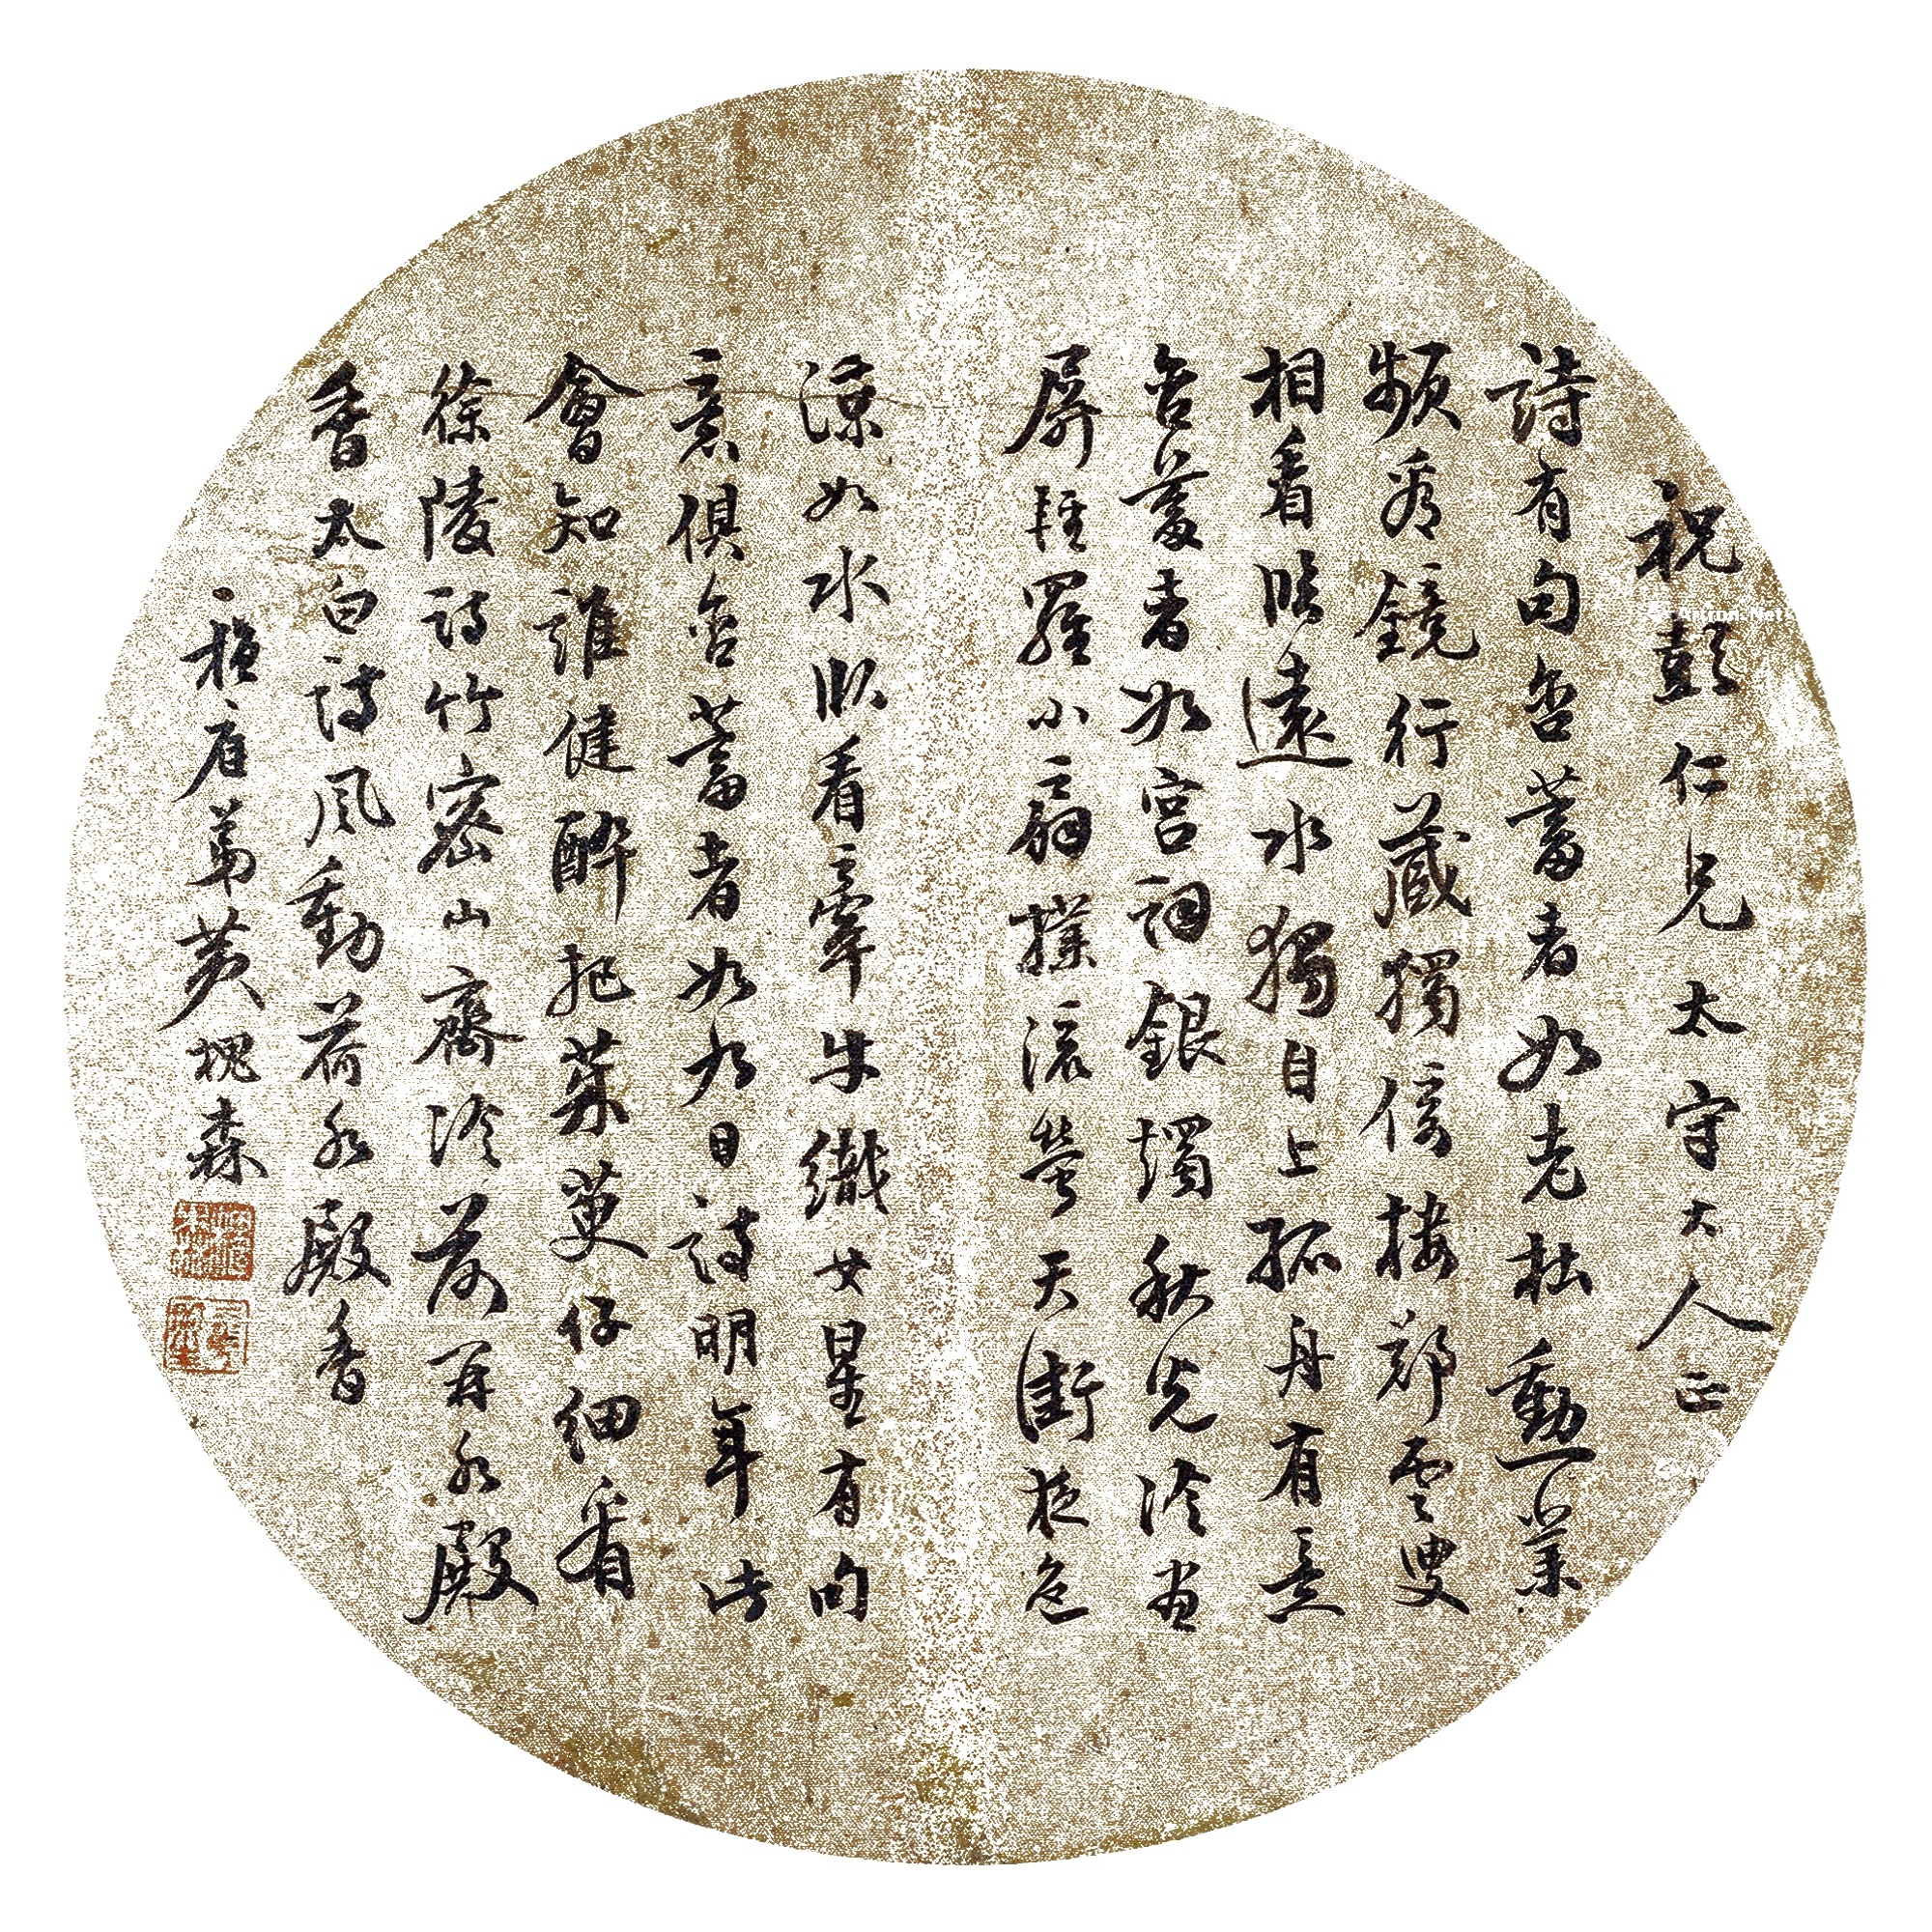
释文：诗有句含蓄者，如老杜勋业频看镜，行藏独倚楼”。郑云叟“相看临远水，独自上孤舟”。有意含蓄者，如《宫词》“银烛秋光冷画屏，轻罗小扇扑流萤。天阶夜色凉如水，卧看牵牛织女星。”有句、意俱含蓄者，如《九日》诗“明年此会知谁健，醉把茱萸仔细看。”徐陵诗“竹密山斋冷，荷开水殿香。”太白诗“风动荷（花）水殿香。”祝彭仁兄太守大人正。植庭弟黄槐森。